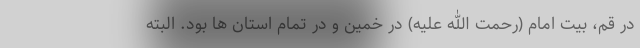
در قم، بیت امام (رحمت الله علیه) در خمین و در تمام استان ها بود. البته